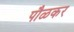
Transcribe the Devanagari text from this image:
पौळकर